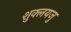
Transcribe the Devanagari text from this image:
शुक्लयजु